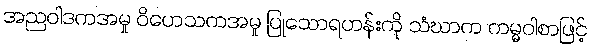
အညဝါဒကအမှု ဝိဟေသကအမှု ပြုသောရဟန်းကို သံဃာက ကမ္မဝါစာဖြင့်